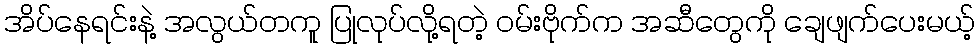
အိပ်နေရင်းနဲ့ အလွယ်တကူ ပြုလုပ်လို့ရတဲ့ ဝမ်းဗိုက်က အဆီတွေကို ချေဖျက်ပေးမယ့်